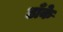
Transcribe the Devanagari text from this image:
ढाँके